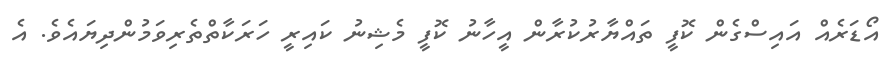
އޯޑަރެއް އައިސްގެން ކޮފީ ތައްޔާރުކުރާން އީހާނު ކޮފީ މެޝިނު ކައިރީ ހަރަކާތްތެރިވަމުންދިޔައެވެ. އެ